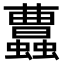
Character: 𧕐